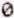
0